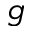
g